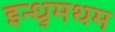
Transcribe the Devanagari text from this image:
इन्धुमथम